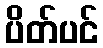
ပိတ်ပင်